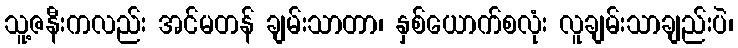
သူ့ဇနီးကလည်း အင်မတန် ချမ်းသာတာ၊ နှစ်ယောက်စလုံး လူချမ်းသာချည်းပဲ၊